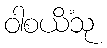
ဝါစယိံသု